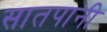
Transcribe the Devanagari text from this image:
सातपानी